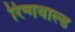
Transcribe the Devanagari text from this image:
रिन्गवाल्ड